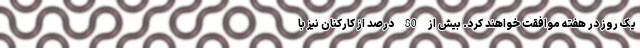
یک روز در هفته موافقت خواهند کرد. بیش از 80 درصد از کارکنان نیز با